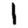
Digit: 1